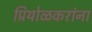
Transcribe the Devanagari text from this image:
प्रियोळकरांना